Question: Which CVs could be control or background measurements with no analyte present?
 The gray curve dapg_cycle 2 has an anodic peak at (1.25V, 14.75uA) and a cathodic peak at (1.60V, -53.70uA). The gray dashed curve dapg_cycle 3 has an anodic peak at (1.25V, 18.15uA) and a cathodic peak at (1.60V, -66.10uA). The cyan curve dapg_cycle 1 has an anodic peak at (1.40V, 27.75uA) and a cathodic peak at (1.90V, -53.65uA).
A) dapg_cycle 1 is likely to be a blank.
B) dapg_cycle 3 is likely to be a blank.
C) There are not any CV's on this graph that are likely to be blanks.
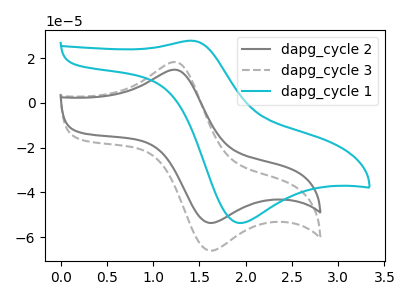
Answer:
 <answer>C) There are not any CV's on this graph that are likely to be blanks.</answer>
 <eval>C</eval>